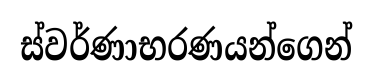
ස්වර්ණාභරණයන්ගෙන්